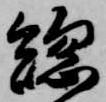
総